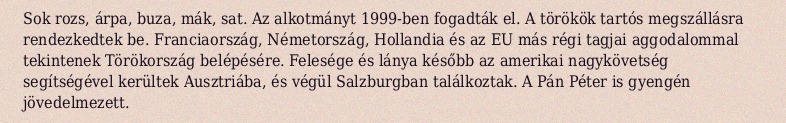
Sok rozs, árpa, buza, mák, sat. Az alkotmányt 1999-ben fogadták el. A törökök tartós megszállásra rendezkedtek be. Franciaország, Németország, Hollandia és az EU más régi tagjai aggodalommal tekintenek Törökország belépésére. Felesége és lánya később az amerikai nagykövetség segítségével kerültek Ausztriába, és végül Salzburgban találkoztak. A Pán Péter is gyengén jövedelmezett.